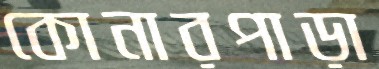
কোনারপাড়া